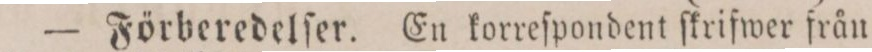
— Förberedelſer. En korreſpondent ſkrifwer från